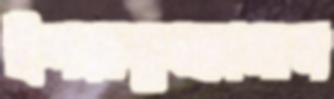
ইশরাকুজ্জামান